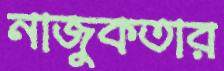
নাজুকতার